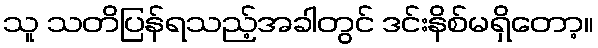
သူ သတိပြန်ရသည့်အခါတွင် ဒင်းနိစ်မရှိတော့။